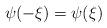
LaTeX: \begin{align*}\psi(-\xi)=\psi(\xi)\end{align*}